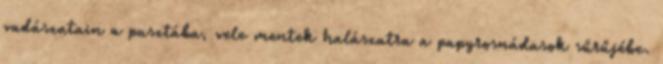
vadászatain a pusztába, vele mentek halászatra a papyrosnádasok sűrűjébe.